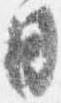
目